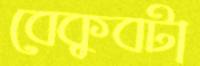
বেকুবটা